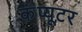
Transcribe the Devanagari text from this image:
कंंप्यूटर